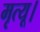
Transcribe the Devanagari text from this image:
मृत्यू।